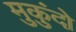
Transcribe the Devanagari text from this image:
मुकुंदो